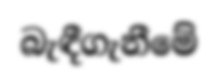
බැඳීගැනීමේ